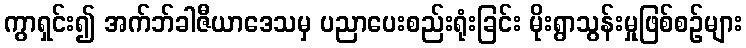
ကွာရှင်း၍ အက်ဘ်ခါဇီယာဒေသမှ ပညာပေးစည်းရုံးခြင်း မိုးရွာသွန်းမှုဖြစ်စဉ်များ